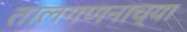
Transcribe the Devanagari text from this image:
तालगणनाच्या